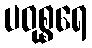
ပဝုစ္စရေ